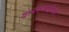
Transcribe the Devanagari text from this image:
वल्लभाईंच्या